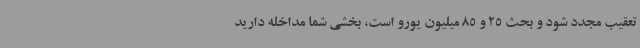
تعقیب مجدد شود و بحث 25 و 85 میلیون یورو است، بخشی شما مداخله دارید